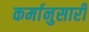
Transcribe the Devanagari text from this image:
कर्मानुसारी